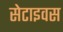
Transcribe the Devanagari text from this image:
सेटाइवस